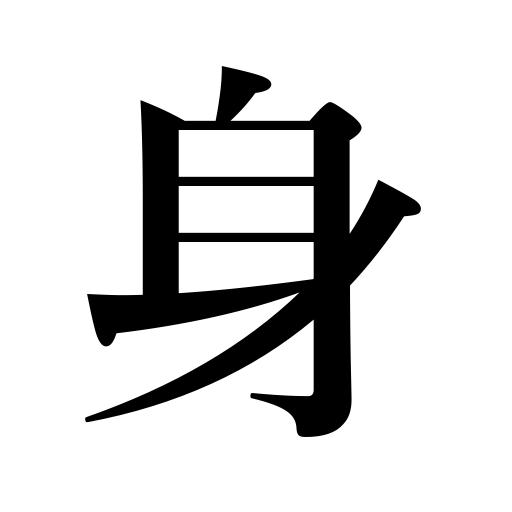
Meanings: soul,mind,flesh,garment width,ability,self,blade,person,body,the quick,one's station in life,heart,life,meat,container